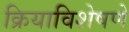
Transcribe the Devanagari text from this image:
क्रियाविशेषणे